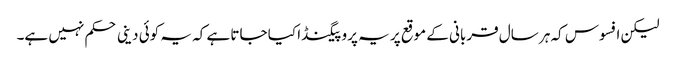
لیکن افسوس کہ ہر سال قربانی کے موقع پر یہ پروپیگنڈا کیا جاتا ہے کہ یہ کوئی دینی حکم نہیں ہے۔